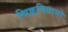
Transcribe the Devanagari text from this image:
चिक़्वितानो